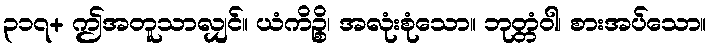
၃၁၇+ ဤအတူသာလျှင်။ ယံကိဉ္စိ၊ အလုံးစုံသော။ ဘုတ္တံဝါ၊ စားအပ်သော။